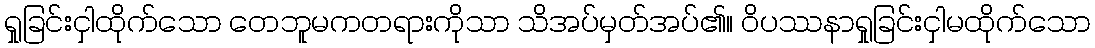
ရှုခြင်းငှါထိုက်သော တေဘူမကတရားကိုသာ သိအပ်မှတ်အပ်၏။ ဝိပဿနာရှုခြင်းငှါမထိုက်သော